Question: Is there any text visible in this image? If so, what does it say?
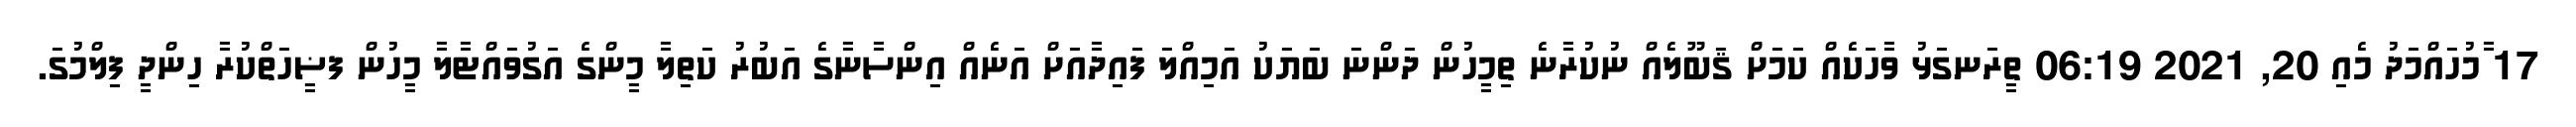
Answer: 17 ާމުހައްމަދު މެއި 20, 2021 06:19 ތީރަނގަޅު ވާހަކެއް ކަމަށް ޤަބޫލެއް ނުކުރާނެ ތިމީހުން ދަންނަ ބަޔަކު އަމިއްލަ ފައިދާއަށް އަނެއް އިންސާނާގެ އަބުރު ކަތިލާ މީންގެ އަގުވައްޓާލާ މީހުން ފޟީހަތްކުރާ ހިންދީ ފިލްމުގަ.